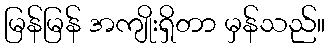
မြန်မြန် အကျိုးရှိတာ မှန်သည်။